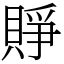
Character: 𧶄